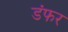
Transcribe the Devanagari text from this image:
डंफर